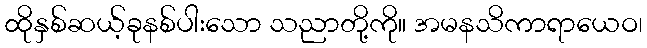
ထိုနှစ်ဆယ့်ခုနစ်ပါးသော သညာတို့ကို။ အမနသိကာရာယေဝ၊